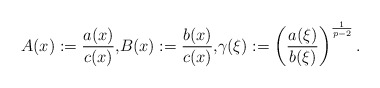
\begin{align*}{A(x):=\frac{a(x)}{c(x)},}{B(x):=\frac{b(x)}{c(x)},}\gamma(\xi):=\left( \frac{a(\xi)}{b(\xi)}\right) ^{\frac{1}{p-2}}.\end{align*}